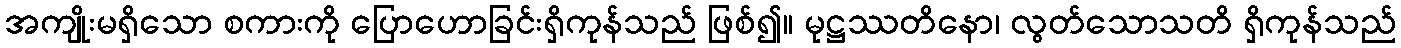
အကျိုးမရှိသော စကားကို ပြောဟောခြင်းရှိကုန်သည် ဖြစ်၍။ မုဋ္ဌဿတိနော၊ လွတ်သောသတိ ရှိကုန်သည်